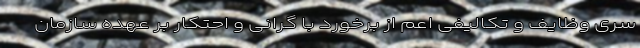
سری وظایف و تکالیفی اعم از برخورد با گرانی و احتکار بر عهده سازمان